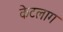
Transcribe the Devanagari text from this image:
केटलाग